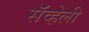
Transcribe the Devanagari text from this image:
सॅव्हेली